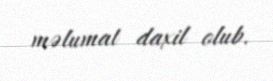
məlumat daxil olub.